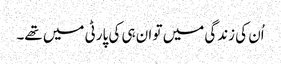
اُن کی زندگی میں تو ان ہی کی پارٹی میں تھے۔